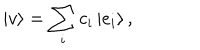
| v \rangle = \sum _ { i } c _ { i } \left| e _ { i } \right\rangle ,